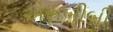
એસબીબી